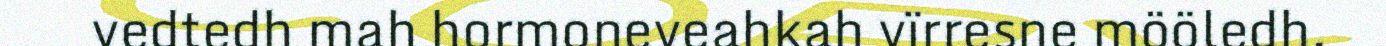
vedtedh mah hormoneveahkah vïrresne mööledh.